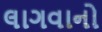
લાગવાનો